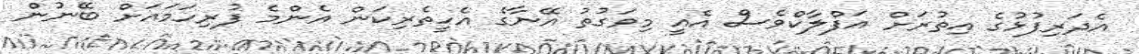
އެދަރިފުޅުގެ އިތުރަށް އަފްލާކްވެސް އެއީ މިވަގުތު އޭނާގެ އެހީތެރިކަން އެންމެ ފުރިހަމައަށް ބޭނުން